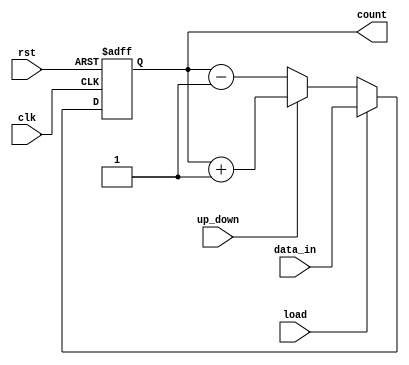
module UpDownCounter #(
    parameter N = 8  // Parameter defining the bit-width of the counter
)(
    input wire clk,           // Clock signal
    input wire rst,           // Asynchronous reset signal
    input wire up_down,       // Control signal for counting direction
    input wire load,          // Load signal
    input wire [N-1:0] data_in, // Input data for loading the counter
    output reg [N-1:0] count  // Current count value
);

    // Asynchronous reset functionality
    always @(posedge clk or posedge rst) begin
        if (rst) begin
            count <= 0;  // Reset the count to zero
        end else if (load) begin
            count <= data_in;  // Load the incoming data into the counter
        end else if (up_down) begin
            count <= count + 1; // Increment the count
        end else begin
            count <= count - 1; // Decrement the count
        end
    end

endmodule